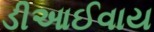
ડીઆઈવાય